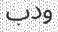
ودب